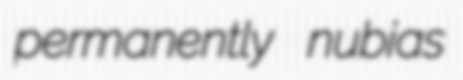
permanently nubias